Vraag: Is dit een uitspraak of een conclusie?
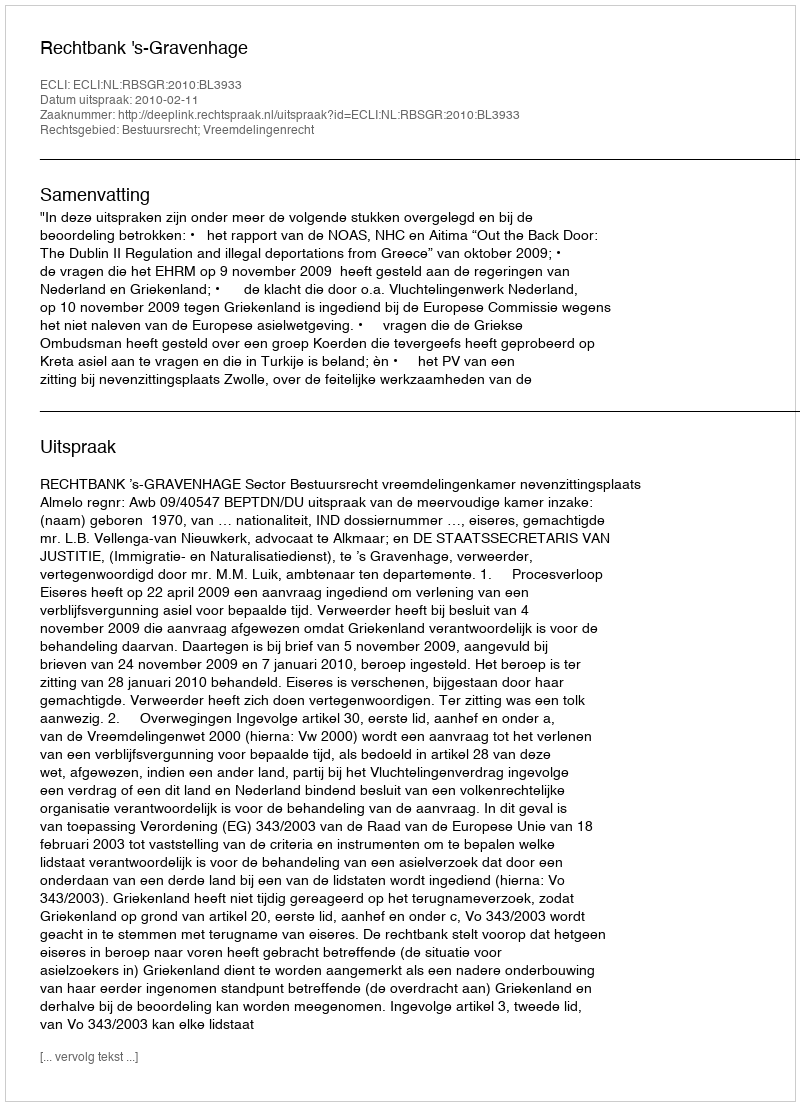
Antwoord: Uitspraak